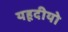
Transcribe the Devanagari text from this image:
यहूदीयो